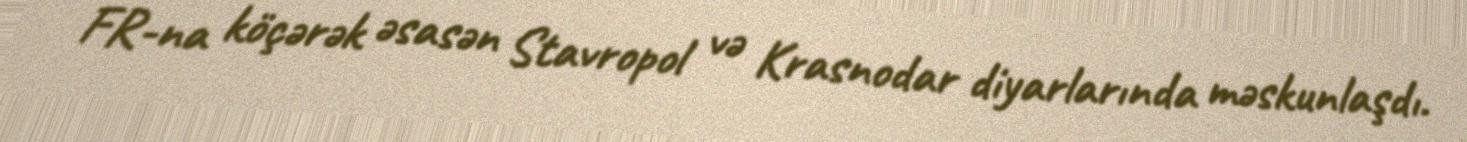
FR-na köçərək əsasən Stavropol və Krasnodar diyarlarında məskunlaşdı.